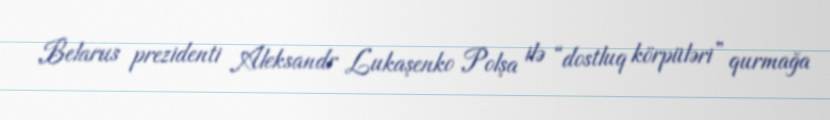
Belarus prezidenti Aleksandr Lukaşenko Polşa ilə “dostluq körpüləri” qurmağa